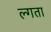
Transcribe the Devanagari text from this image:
ल्गता